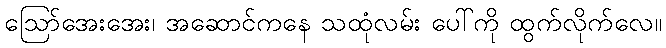
ဪအေးအေး၊ အဆောင်ကနေ သထုံလမ်း ပေါ်ကို ထွက်လိုက်လေ။